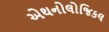
એથનોલોજિકલ